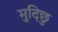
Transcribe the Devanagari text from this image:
मुदिछु